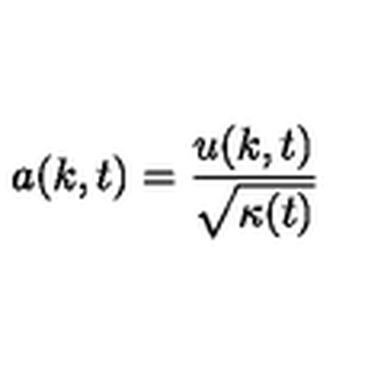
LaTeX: a ( k , t ) = { \frac { u ( k , t ) } { \sqrt { \kappa ( t ) } } }